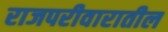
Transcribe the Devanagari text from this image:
राजपरीवारातील